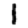
Digit: 1